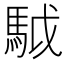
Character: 䮅